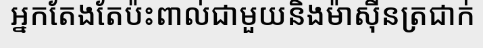
អ្នកតែងតែប៉ះពាល់ជាមួយនិងម៉ាស៊ីនត្រជាក់